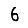
Digit: 6